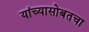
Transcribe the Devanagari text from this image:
यांच्यासोबतचा